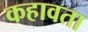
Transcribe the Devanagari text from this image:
कहावता